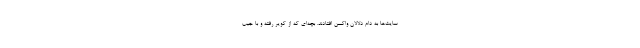
سایت‌ها به دام دلالان واکسن افتادند. بچه‌ای که از کویر رفته و با جیب